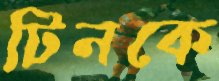
টিনকে